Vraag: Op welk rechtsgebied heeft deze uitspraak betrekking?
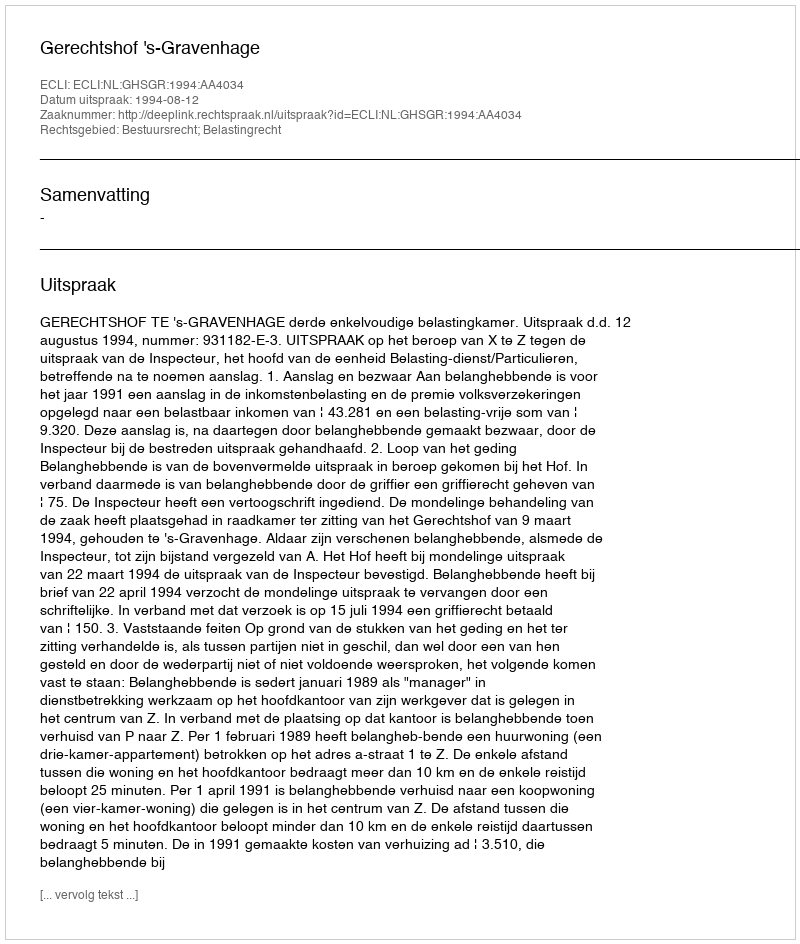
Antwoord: Bestuursrecht; Belastingrecht